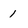
Character: 1